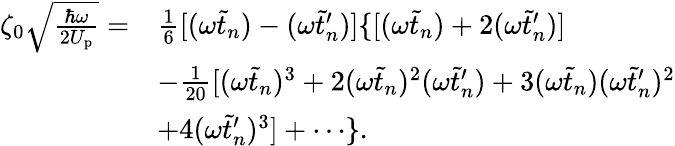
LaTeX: \begin{array}{rl}{\zeta_{0}\sqrt{\frac{\hbar\omega}{2U_{\mathrm{p}}}}=}&{\frac{1}{6}[(\omega\tilde{t}_{n})-(\omega\tilde{t}_{n}^{\prime})]\{ [(\omega\tilde{t}_{n})+2(\omega\tilde{t}_{n}^{\prime})]}\\ &{-\frac{1}{20}[(\omega\tilde{t}_{n})^{3}+2(\omega\tilde{t}_{n})^{2}(\omega\tilde{t}_{n}^{\prime})+3(\omega\tilde{t}_{n})(\omega\tilde{t}_{n}^{\prime})^{2}}\\ &{+4(\omega\tilde{t}_{n}^{\prime})^{3}]+\cdots\} .}\end{array}